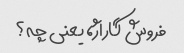
فروش گاراژ، یعنی چه؟